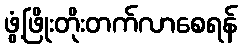
ဖွံ့ဖြိုးတိုးတက်လာစေရန်